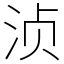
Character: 浈